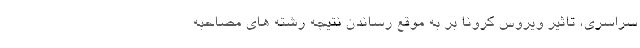
سراسری، تاثیر ویروس کرونا بر به موقع رساندن نتیجه رشته های مصاحبه